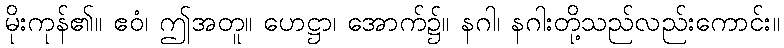
မိုးကုန်၏။ ဧဝံ၊ ဤအတူ။ ဟေဋ္ဌာ၊ အောက်၌။ နဂါ၊ နဂါးတို့သည်လည်းကောင်း။